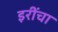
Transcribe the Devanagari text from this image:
इरींचा